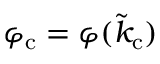
\varphi _ { \mathrm { c } } = \varphi ( \tilde { k } _ { \mathrm { c } } )